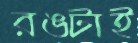
রঙটাই